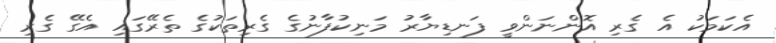
އެކަމަކު އެ ގެރި އޮންނަންވީ ފަނޑިޔާރު މަނިކުފާނުގެ ގެރިތަކުގެ ތެރޭގައި އެގޭ ގެރި